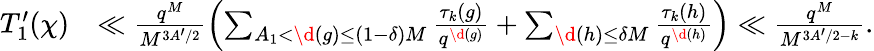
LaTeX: \begin{array}{rl}{T_{1}^{\prime}(\chi)}&{\ll\frac{q^{M}}{M^{3A^{\prime}/2}}\left(\sum_{A_{1}<\d(g)\leq(1-\delta)M}\frac{\tau_{k}(g)}{q^{\d(g)}}+\sum_{\d(h)\leq\delta M}\frac{\tau_{k}(h)}{q^{\d(h)}}\right)\ll\frac{q^{M}}{M^{3A^{\prime}/2-k}}.}\end{array}